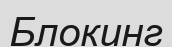
Блокинг